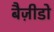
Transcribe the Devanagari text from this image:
बैज़ीडो